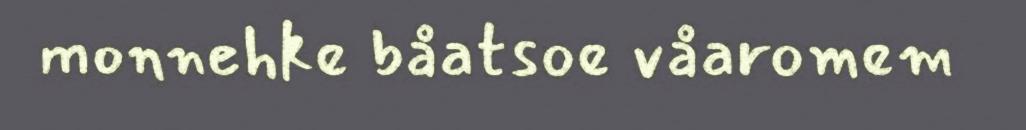
monnehke båatsoe våaromem